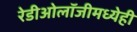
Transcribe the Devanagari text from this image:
रेडीओलॉजीमध्येही